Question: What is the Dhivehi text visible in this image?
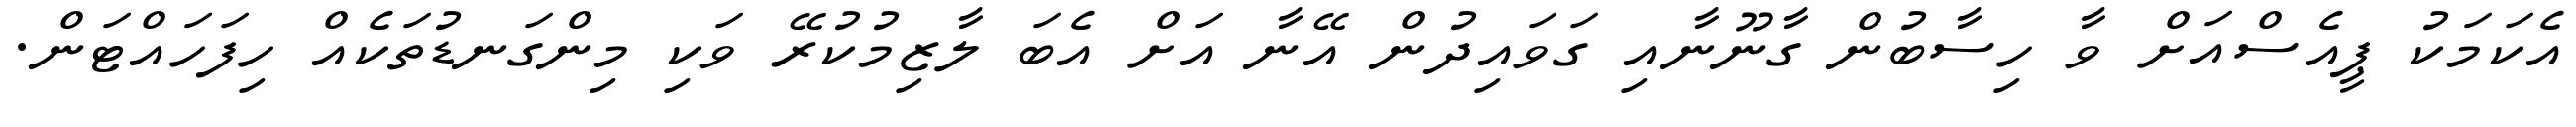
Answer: އެކަމަކު ޕީއެސްއަށް ވާ ހިސާބުން ގާނޫނާއި ގަވައިދުން އޭނާ އަށް އެބަ ލާޒިމުކުރޭ ވަކި މިންގަނޑުތަކެއް ހިފަހައްޓަން.